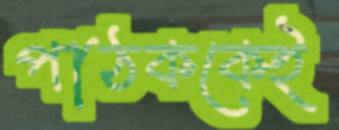
পাঠককেই